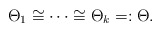
\begin{align*}\Theta_1\cong \cdots\cong \Theta_k=:\Theta.\end{align*}